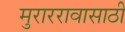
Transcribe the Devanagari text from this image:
मुराररावासाठी